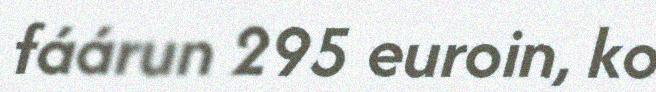
fáárun 295 euroin, ko